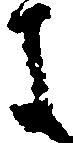
よ